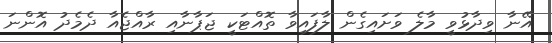
އޭނާ ވިދާޅުވީ މާލެ ވަށައިގެން ލާފައިވާ ތޮއްޓަކީ ޖަޕާނާއި ރާއްޖެއާ ދެމެދު އޮންނަ